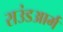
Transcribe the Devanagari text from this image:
राउंडआर्म